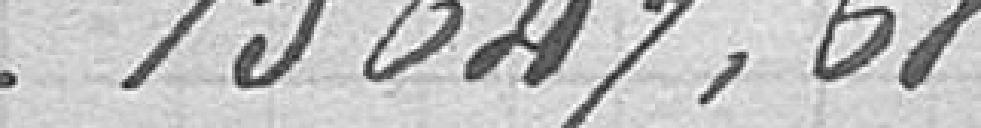
15647,68